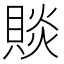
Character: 賧